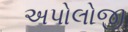
અપોલોજી